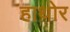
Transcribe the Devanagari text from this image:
हाथोर